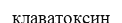
клаватоксин